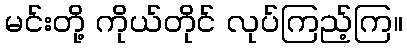
မင်းတို့ ကိုယ်တိုင် လုပ်ကြည့်ကြ။